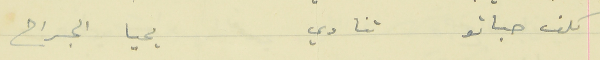
كلف حباتو تنادي                                        يحيا الجراح